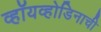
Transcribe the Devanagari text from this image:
व्हॉयव्होडिनाची